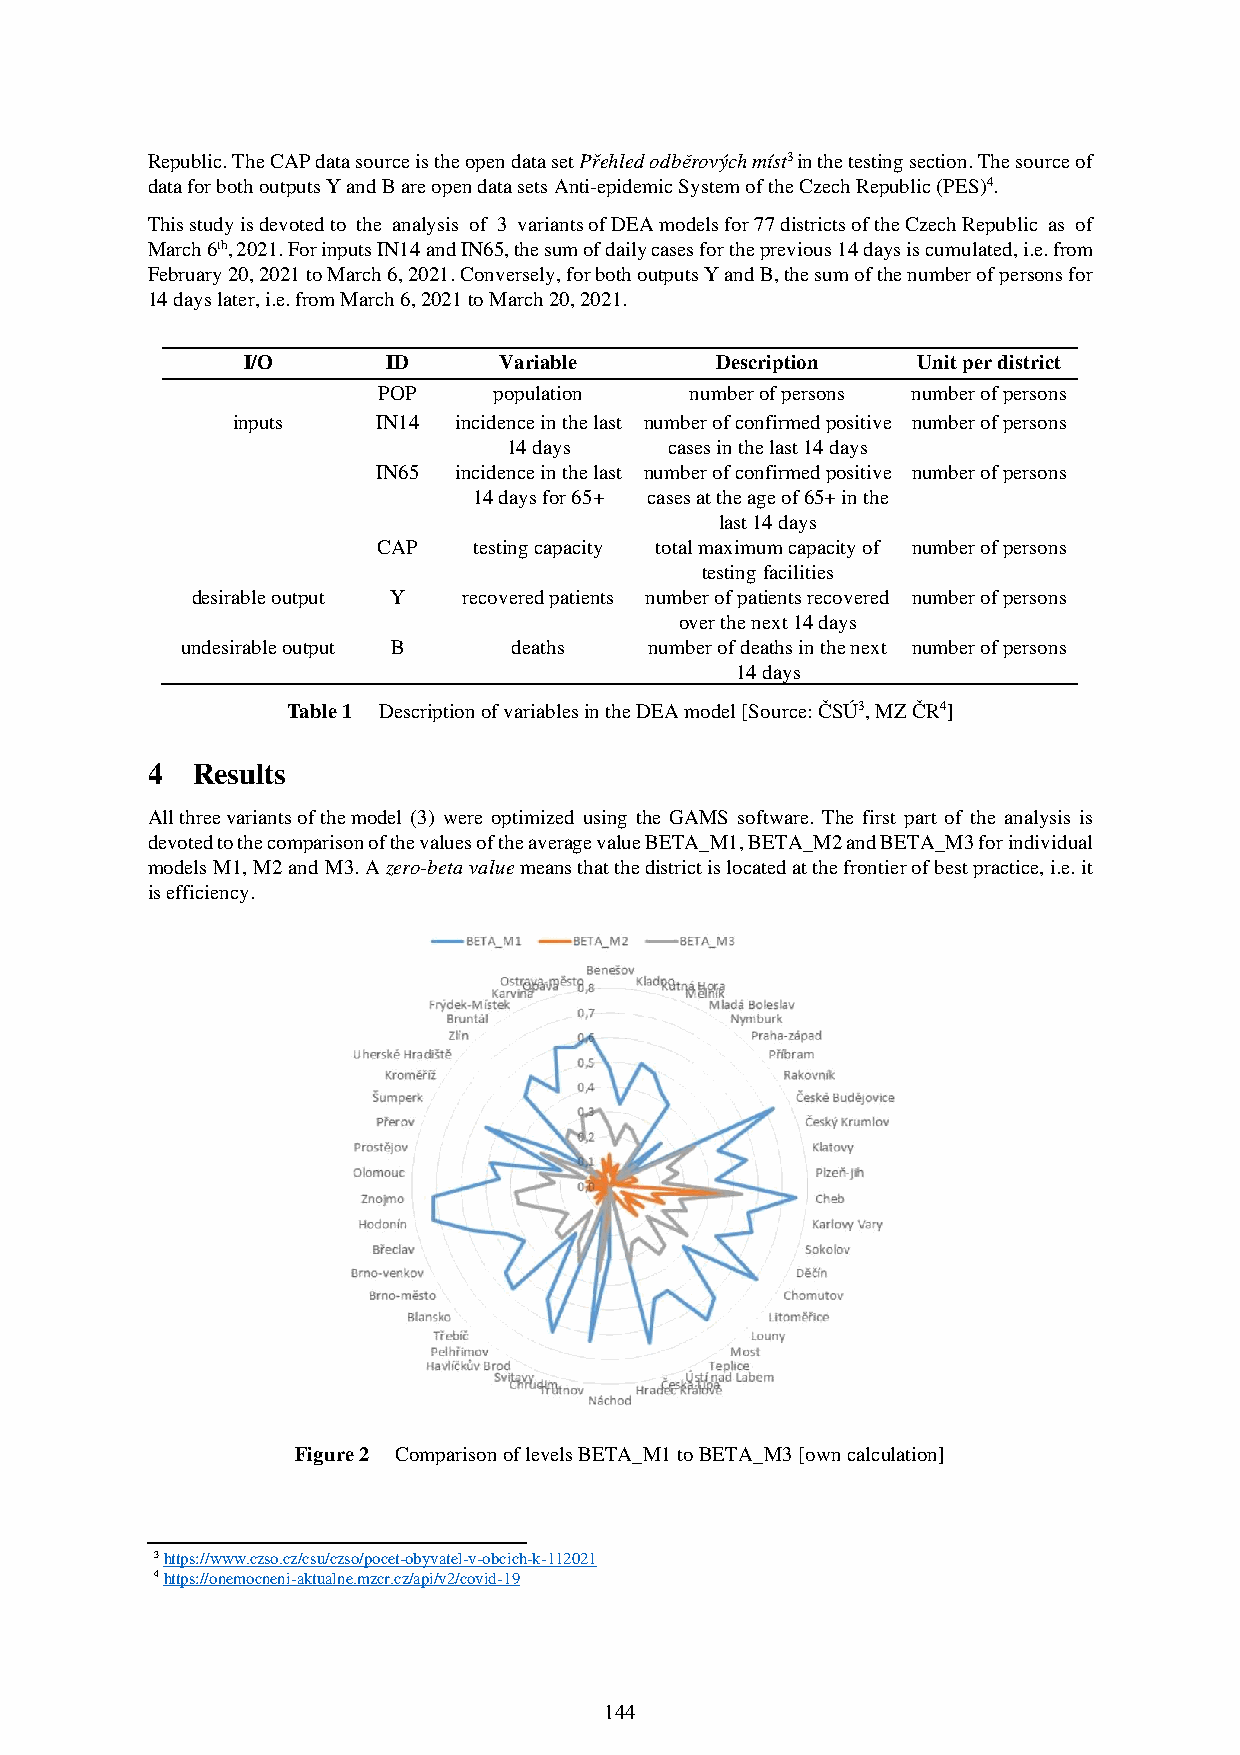
Republic. The CAP data source is the open data set Přehled odběrových míst3 in the testing section. The source of
 data for both outputs Y and B are open data sets Anti-epidemic System of the Czech Republic (PES)4.
 This study is devoted to the analysis of 3 variants of DEA models for 77 districts of the Czech Republic as of
 March 6th, 2021. For inputs IN14 and IN65, the sum of daily cases for the previous 14 days is cumulated, i.e. from
 February 20, 2021 to March 6, 2021. Conversely, for both outputs Y and B, the sum of the number of persons for
 14 days later, i.e. from March 6, 2021 to March 20, 2021.
 I/O       ID     Variable      Description   Unit per district
 POP     population   number of persons number of persons
 inputs    IN14 incidence in the last number of confirmed positive number of persons
 14 days   cases in the last 14 days
 IN65 incidence in the last number of confirmed positive number of persons
 14 days for 65+ cases at the age of 65+ in the
 last 14 days
 CAP   testing capacity total maximum capacity of number of persons
 testing facilities
 desirable output Y recovered patients number of patients recovered number of persons
 over the next 14 days
 undesirable output B  deaths   number of deaths in the next number of persons
 14 days
 Table 1 Description of variables in the DEA model [Source: ČSÚ3, MZ ČR4]
 4  Results
 All three variants of the model (3) were optimized using the GAMS software. The first part of the analysis is
 devoted to the comparison of the values of the average value BETA_M1, BETA_M2 and BETA_M3 for individual
 models M1, M2 and M3. A zero-beta value means that the district is located at the frontier of best practice, i.e. it
 is efficiency.
 Figure 2 Comparison of levels BETA_M1 to BETA_M3 [own calculation]
 3 https://www.czso.cz/csu/czso/pocet-obyvatel-v-obcich-k-112021
 4 https://onemocneni-aktualne.mzcr.cz/api/v2/covid-19
 144